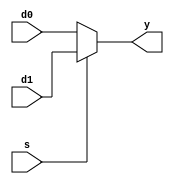
/**************/
/* mux5_5_5.v */
/**************/

//           +----+
//  d0[4:0]->|    |
//  d1[4:0]->|    |->y[4:0]
//        s->|    |
//           +----+

module mux5_5_5 (d0, d1, s, y);  // 
  input  [4:0] d0;          //  5-bit d0
  input  [4:0] d1;          //  5-bit d1
  input         s;          //  1-bit  s
  output [4:0]  y;          //  5-bit  y

  // Multiplexer body
  // if (s == 0) y = d0; else y = d1;
  //  assign 
  assign y = (s == 1'b0) ? d0 : d1;
endmodule